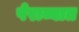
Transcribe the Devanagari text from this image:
पेराव्यात